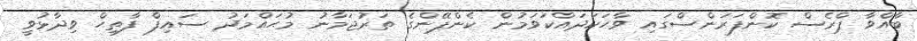
ބާއްވާ ޕްރެސް ކޮންފަރަންސްގައި ވާހަކަދައްކަވަމުން ކެންޕޭންގެ ތަރުޖަމާނު މުޙައްމަދު ސައިފް ފާތިޙް ވިދާޅުވީ